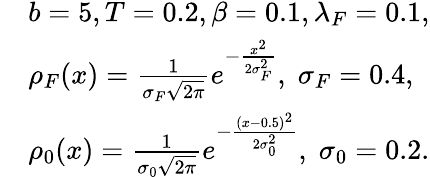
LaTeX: \begin{array}{rl}&{b=5,T=0.2,\beta=0.1,\lambda_{F}=0.1,}\\ &{\rho_{F}(x)=\frac{1}{\sigma_{F}\sqrt{2\pi}}e^{-\frac{x^{2}}{2\sigma_{F}^{2}}},\; \sigma_{F}=0.4,}\\ &{\rho_{0}(x)=\frac{1}{\sigma_{0}\sqrt{2\pi}}e^{-\frac{\left(x-0.5\right)^{2}}{2\sigma_{0}^{2}}},\; \sigma_{0}=0.2.}\end{array}